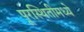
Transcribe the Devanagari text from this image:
पूरस्थितीमध्ये